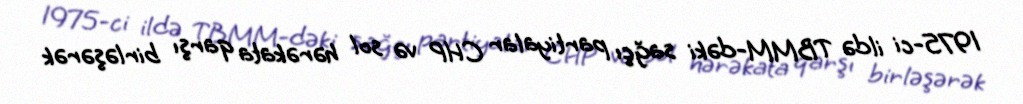
1975-ci ildə TBMM-dəki sağçı partiyalar CHP və sol hərəkata qarşı birləşərək